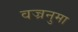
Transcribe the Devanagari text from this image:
वज्रनुमा